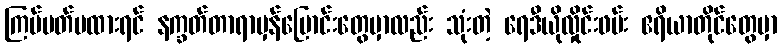
ကြပ်မတ်မထားရင် နက္ခတ်တာရာမှန်ပြောင်းတွေမှာလည်း သုံးတဲ့ ရေဒီယိုလှိုင်းဖမ်း ဧရိယာတိုင်တွေမှာ